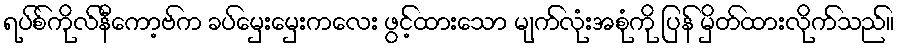
ရပ်စ်ကိုလ်နီကော့ဗ်က ခပ်မှေးမှေးကလေး ဖွင့်ထားသော မျက်လုံးအစုံကို ပြန် မှိတ်ထားလိုက်သည်။